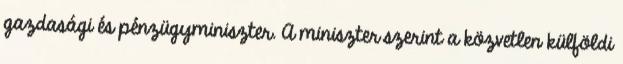
gazdasági és pénzügyminiszter. A miniszter szerint a közvetlen külföldi